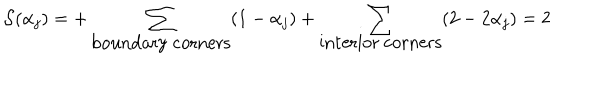
{ \cal S } ( \alpha _ { j } ) = + \sum _ { \mathrm { b o u n d a r y ~ c o r n e r s } } ( 1 - \alpha _ { j } ) + \sum _ { \mathrm { i n t e r i o r ~ c o r n e r s } } ( 2 - 2 \alpha _ { j } ) = 2